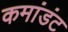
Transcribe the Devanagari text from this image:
कमांडंट